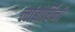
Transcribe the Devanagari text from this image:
लांबोर्घिनी